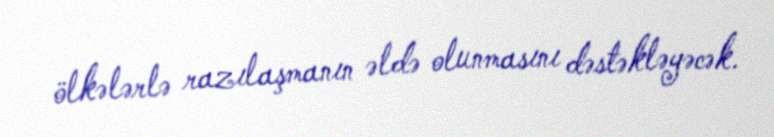
ölkələrlə razılaşmanın əldə olunmasını dəstəkləyəcək.